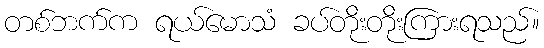
တစ်ဘက်က ရယ်မောသံ ခပ်တိုးတိုးကြားရသည်။